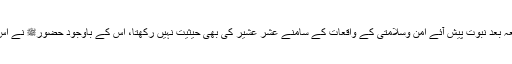
جب کہ یہ واقعہ بعدِ نبوت پیش آئے امن وسلامتی کے واقعات کے سامنے عشر عشیر کی بھی حیثیت نہیں رکھتا، اس کے باوجود حضورﷺ نے اس کی مدح کی۔